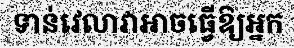
ទាន់វេលាវាអាចធ្វើឱ្យអ្នក